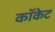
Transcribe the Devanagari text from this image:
कॉकेट